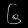
Digit: ၆